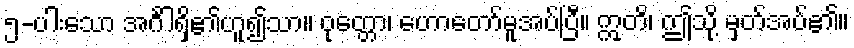
၅-ပါးသော အင်္ဂါရှိ၏ဟူ၍သာ။ ဝုတ္တော၊ ဟောတော်မူအပ်ပြီ။ ဣတိ၊ ဤသို့ မှတ်အပ်၏။